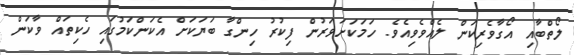
ލޯތްބާއި އޯގާވެރިކަން ލެއްވެވިއެވެ. ހަމަކަށަވަރުން ފިކުރު ހިންގާ ބަޔަކަށް އެކަންކަމުގައި ހެކިތައް ވާކަން